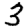
Digit: 3